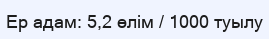
Ер адам: 5,2 өлім / 1000 туылу